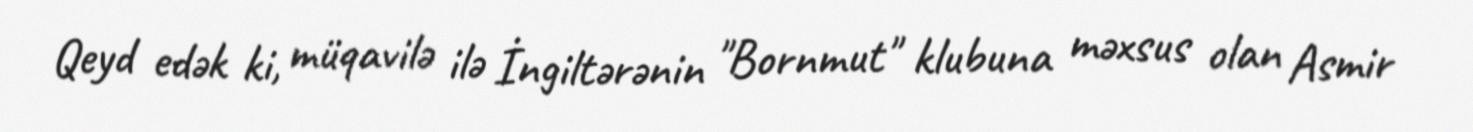
Qeyd edək ki, müqavilə ilə İngiltərənin "Bornmut" klubuna məxsus olan Asmir